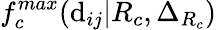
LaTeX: f_{c}^{max}(\mathrm{d}_{ij}|R_{c},\Delta_{R_{c}})